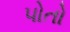
પોતો